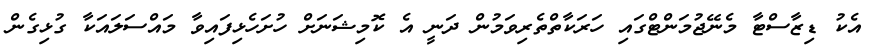
އެކު ޑިޒާސްޓާ މެނޭޖުމަންޓްގައި ހަރަކާތްތެރިވަމުން ދަނީ އެ ކޮމިޝަނަށް ހުށަހެޅިފައިވާ މައްސަލައަކާ ގުޅިގެން